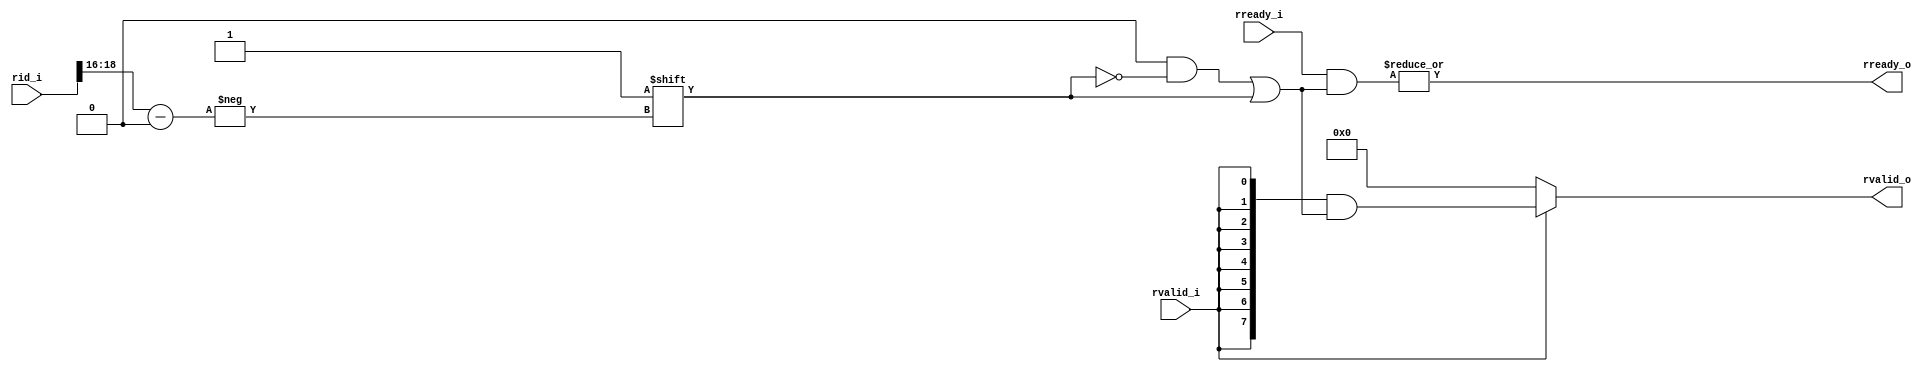
module axi_address_decoder_BR 
#(
   parameter N_TARG_PORT     = 8,
   parameter AXI_ID_IN       = 16,
   parameter AXI_ID_OUT      = AXI_ID_IN+$clog2(N_TARG_PORT)
)
(
	rid_i,
	rvalid_i,
	rready_o,
	rvalid_o,
	rready_i
);
	//parameter N_TARG_PORT = 8;
	//parameter AXI_ID_IN = 16;
	//parameter AXI_ID_OUT = AXI_ID_IN + $clog2(N_TARG_PORT);
	input wire [AXI_ID_OUT - 1:0] rid_i;
	input wire rvalid_i;
	output reg rready_o;
	output reg [N_TARG_PORT - 1:0] rvalid_o;
	input wire [N_TARG_PORT - 1:0] rready_i;
	reg [N_TARG_PORT - 1:0] req_mask;
	wire [$clog2(N_TARG_PORT) - 1:0] ROUTING;
	assign ROUTING = rid_i[(AXI_ID_IN + $clog2(N_TARG_PORT)) - 1:AXI_ID_IN];
	always @(*) begin
		req_mask = 1'sb0;
		req_mask[ROUTING] = 1'b1;
	end
	always @(*) begin
		if (rvalid_i)
			rvalid_o = {N_TARG_PORT {rvalid_i}} & req_mask;
		else
			rvalid_o = 1'sb0;
		rready_o = |(rready_i & req_mask);
	end
endmodule